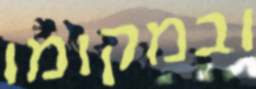
ובמקומו